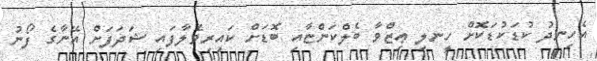
އެހިނދު ކުޑަކުޑަކޮށް ހީނލި ޢިޒްވާ ބެލްކަންޏާއި ބޮޑަށް ކައިރިވެލާފައި ޝަދަފަށް އޭނާގެ ފޯނު